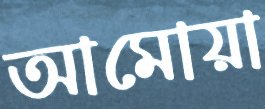
আমোয়া